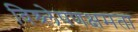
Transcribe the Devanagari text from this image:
विश्र्लेषणक्षमता